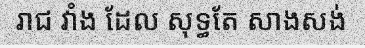
រាជ វាំង ដែល សុទ្ធតែ សាងសង់